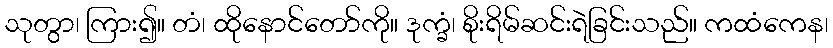
သုတွာ၊ ကြား၍။ တံ၊ ထိုနောင်တော်ကို။ ဒုက္ခံ၊ စိုးရိမ်ဆင်းရဲခြင်းသည်။ ကထံကေန၊